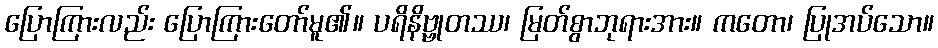
ပြောကြားလည်း ပြောကြားတော်မူ၏။ ပရိနိဗ္ဗုတဿ၊ မြတ်စွာဘုရားအား။ ကတော၊ ပြုအပ်သော။